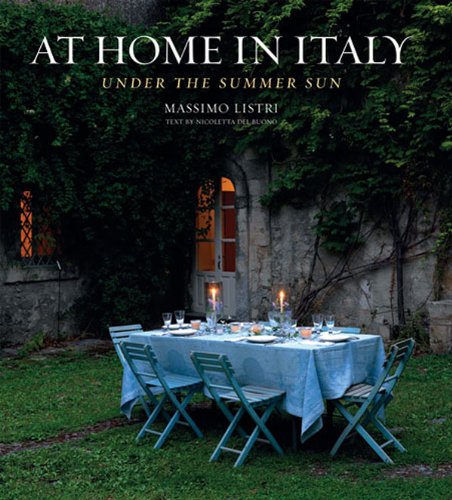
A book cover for At Home in Italy: Under the Summer Sun; Crafts, Hobbies & Home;